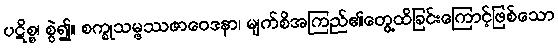
ပဋိစ္စ၊ စွဲ၍။ စက္ခုသမ္ဖဿဇာဝေဒနာ၊ မျက်စိအကြည်၏တွေ့ထိခြင်းကြောင့်ဖြစ်သော